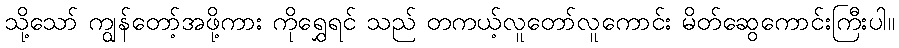
သို့သော် ကျွန်တော့်အဖို့ကား ကိုရွှေရင် သည် တကယ့်လူတော်လူကောင်း မိတ်ဆွေကောင်းကြီးပါ။